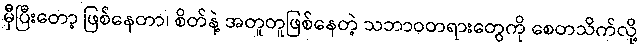
မှီပြီးတော့ ဖြစ်နေတာ၊ စိတ်နဲ့ အတူတူဖြစ်နေတဲ့ သဘာဝတရားတွေကို စေတသိက်လို့